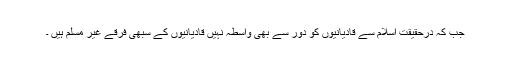
جب کہ درحقیقت اسلام سے قادیانیوں کو دور سے بھی واسطہ نہیں قادیانیوں کے سبھی فرقے غیر مسلم ہیں ۔